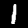
Label: 1